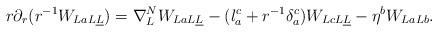
LaTeX: \begin{align*}r\partial_r(r^{-1}W_{LaL\underline L})=\nabla^N_L W_{LaL\underline L}-(l_a^c+r^{-1}\delta_a^c)W_{LcL\underline L}-\eta^bW_{LaLb}.\end{align*}